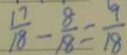
\frac { 1 7 } { 1 8 } - \frac { 8 } { 1 8 } = \frac { 9 } { 1 8 }